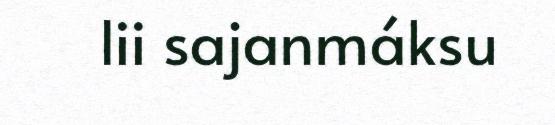
lii sajanmáksu